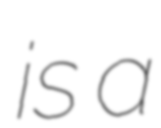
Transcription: is a